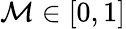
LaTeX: \mathcal{M}\in\left[0,1\right]